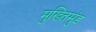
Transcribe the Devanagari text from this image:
मुख्तिमुंड